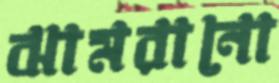
ঝামরানো